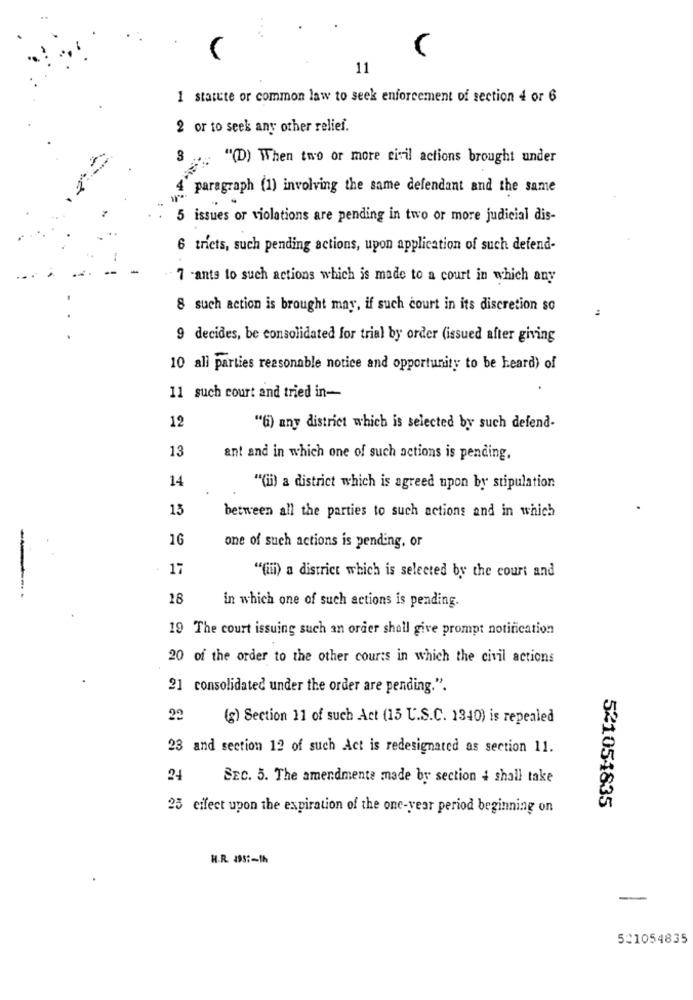
11
1 statute or common law to seek enforcement of section 4 or 6
2 or to seek any other relief.
"(D) When two or more civil actions brought under
paragraph (1) involving the same defendant and the same
5 issues or violations are pending in two or more judicial dis-
6 tricts, such pending actions, upon application of such defend-
7 -ants to such actions which is made to a court in which any
8 such action is brought may, if such court in its discretion so
9 decides, be consolidated for trial by order (issued after giving
10 all parties reasonable notice and opportunity to be heard) of
11 such court and tried in-
12
"(i) any district which is selected by such defend-
13
ant and in which one of such actions is pending.
14
""(ii) a district which is agreed upon by stipulation
15
between all the parties to such actions and in which
16
one of such actions is pending, or
17
"(iii) a district which is selected by the court and
--- -
18
in which one of such actions is pending.
19 The court issuing such an order shall give prompt notification
20 of the order to the other courts in which the civil actions
21 consolidated under the order are pending.".
22
(g) Section 11 of such Act (15 U.S.C. 1340) is repealed
23 and section 12 of such Act is redesignated as section 11.
24
SEC. 5. The amendmente made by section i shall take
521054835
25 effect upon the expiration of the one-year period beginning on
H.R. 195 :- th
-
521054835